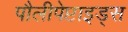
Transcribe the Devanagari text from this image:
पौलीपेप्टाइड्स